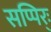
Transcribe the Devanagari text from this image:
सप्पिर्ः